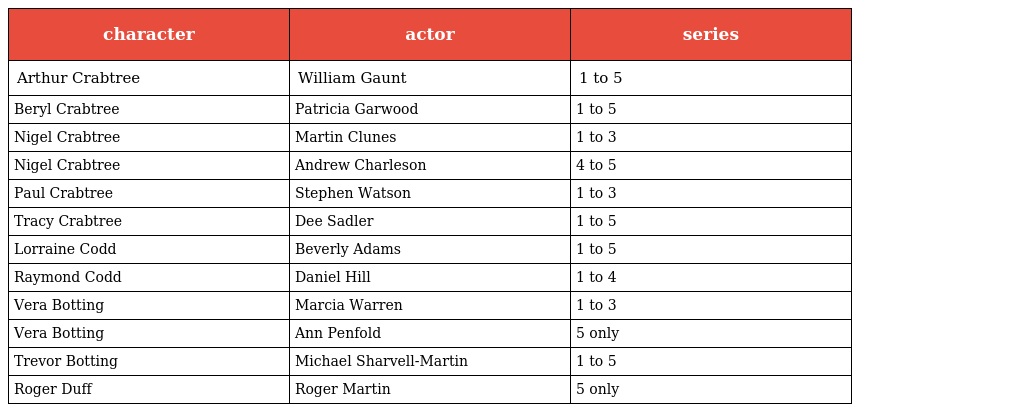
| character | actor | series |
 | --- | --- | --- |
 | Arthur Crabtree | William Gaunt | 1 to 5 |
 | Beryl Crabtree | Patricia Garwood | 1 to 5 |
 | Nigel Crabtree | Martin Clunes | 1 to 3 |
 | Nigel Crabtree | Andrew Charleson | 4 to 5 |
 | Paul Crabtree | Stephen Watson | 1 to 3 |
 | Tracy Crabtree | Dee Sadler | 1 to 5 |
 | Lorraine Codd | Beverly Adams | 1 to 5 |
 | Raymond Codd | Daniel Hill | 1 to 4 |
 | Vera Botting | Marcia Warren | 1 to 3 |
 | Vera Botting | Ann Penfold | 5 only |
 | Trevor Botting | Michael Sharvell-Martin | 1 to 5 |
 | Roger Duff | Roger Martin | 5 only |